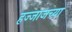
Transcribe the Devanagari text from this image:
हज्जाजच्या